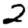
Digit: 2